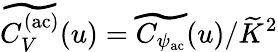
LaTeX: \widetilde{C_{V}^{\mathrm{(ac)}}}(u)=\widetilde{C_{\psi_{\mathrm{ac}}}}(u)/\widetilde{K}^{2}